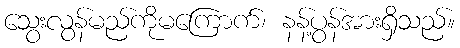
သွေးလွန်မည်ကိုမကြောက်၊ နန့်ပွန်အားရှိသည်။